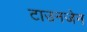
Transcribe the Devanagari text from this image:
टाउनजेन